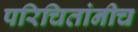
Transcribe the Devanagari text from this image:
परिचितांनीच